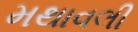
મથાવલી